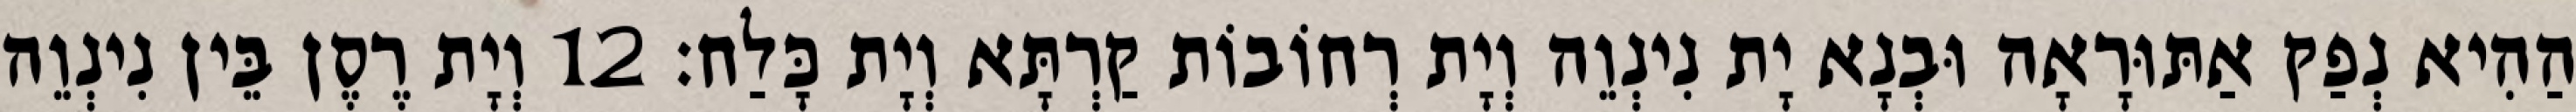
הַהִיא נְפַק אַתּוּרָאָה וּבְנָא יָת נִינְוֵה וְיָת רְחוֹבוֹת קַרְתָּא וְיָת כָּלַח׃ 12 וְיָת רֶסֶן בֵּין נִינְוֵה